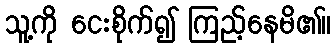
သူ့ကို ငေးစိုက်၍ ကြည့်နေမိ၏။